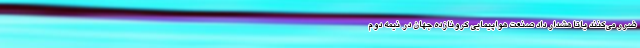
ضرر می‌کنند یاتا هشدار داد صنعت هواپیمایی کرونازده جهان در نیمه دوم